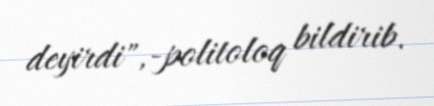
deyirdi",-politoloq bildirib.